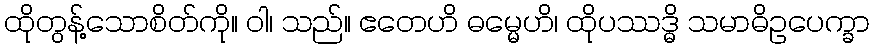
ထိုတွန့်သောစိတ်ကို။ ဝါ၊ သည်။ ဧတေဟိ ဓမ္မေဟိ၊ ထိုပဿဒ္ဓိ သမာဓိဥပေက္ခာ